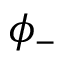
\phi _ { - }